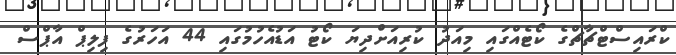
ކްރައިސްޓްޗާޗްގެ ކޯޓެއްގައި މިއަދު ކުރިއަށްދިޔަ ކޯޓު އަޑުއެހުމުގައި 44 އަހަރުގެ ފިލިޕް އާޕްސް